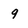
Character: 9